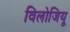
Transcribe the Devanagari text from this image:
विलोजियू